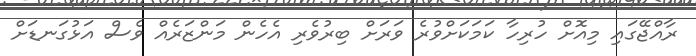
ރާއްޖޭގައި މިއޮށް ހުރިހާ ކަމަކަށްވުރެ ވަރަށް ބިރުވެރި އެހެން މަންޒަރެއް ވެސް އަޅުގަނޑަށް